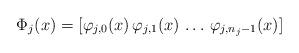
LaTeX: \begin{align*}\Phi_j(x) = [\varphi_{j,0}(x) \, \varphi_{j,1}(x) \, \ldots\,\varphi_{j,n_j-1}(x)]\end{align*}